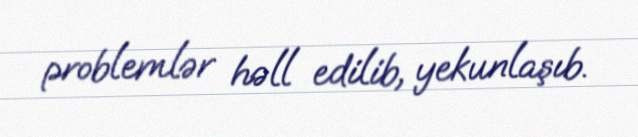
problemlər həll edilib, yekunlaşıb.